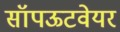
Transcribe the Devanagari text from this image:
सॉपऊटवेयर